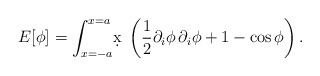
\begin{align*}E[\phi]=\int_{x=-a}^{x=a}\!\d x\;\left(\frac{1}{2}\partial_i\phi\,\partial_i\phi+1-\cos\phi\right).\end{align*}